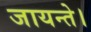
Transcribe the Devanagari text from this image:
जायन्ते।